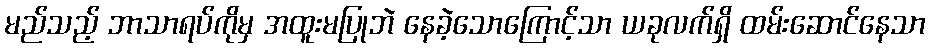
မည်သည့် ဘာသာရပ်ကိုမှ အထူးမပြုဘဲ နေခဲ့သောကြောင့်သာ ယခုလက်ရှိ ထမ်းဆောင်နေသာ